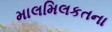
માલમિલકતના